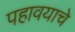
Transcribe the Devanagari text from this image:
पहावयाचे